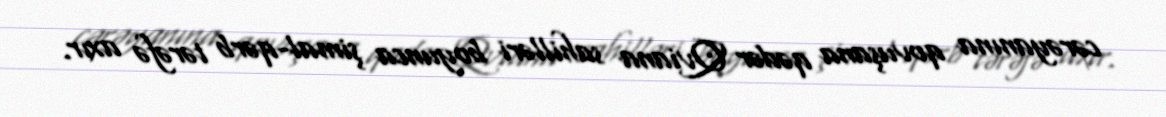
cərəyanına qovuşana qədər Qviana sahilləri boyunca şimal-qərb tərəfə axır.